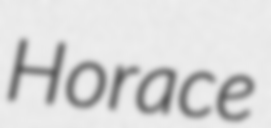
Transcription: Horace